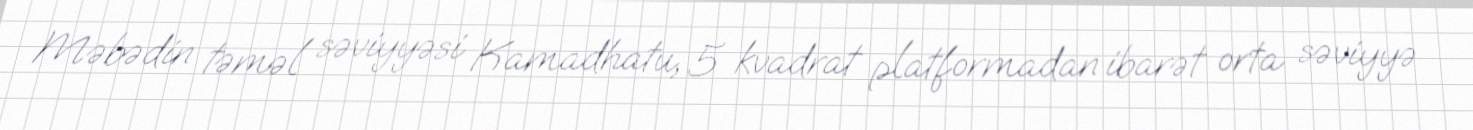
Məbədin təməl səviyyəsi Kamadhatu, 5 kvadrat platformadan ibarət orta səviyyə